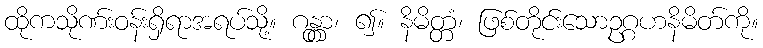
ထိုကသိုဏ်းဝန်းရှိရာအရပ်သို့။ ဂန္တွာ၊ ၍။ နိမိတ္တံ၊ ဖြစ်တိုင်းသောဥဂ္ဂဟနိမိတ်ကို။